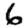
Digit: 6